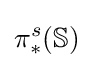
\pi _{*}^{s}(\mathbb {S} )